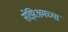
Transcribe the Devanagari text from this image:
सेझिअमच्या